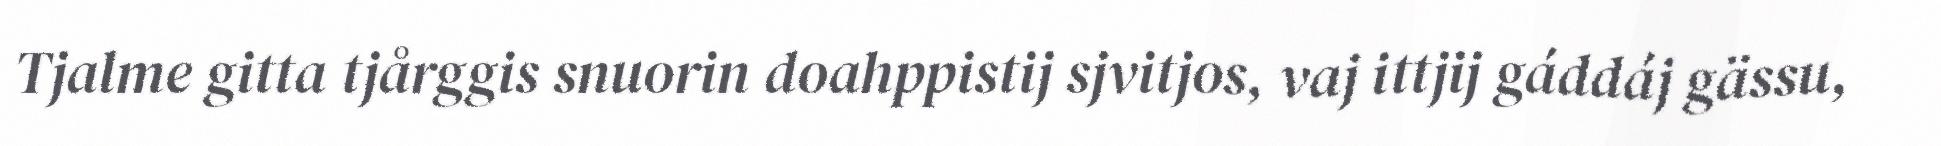
Tjalme gitta tjårggis snuorin doahppistij sjvitjos, vaj ittjij gáddáj gässu,